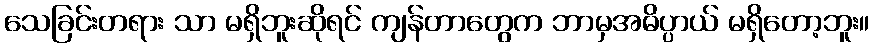
သေခြင်းတရား သာ မရှိဘူးဆိုရင် ကျန်တာတွေက ဘာမှအဓိပ္ပာယ် မရှိတော့ဘူး။